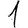
Digit: 1